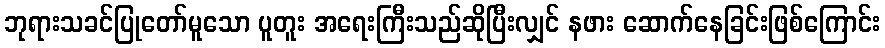
ဘုရားသခင်ပြုတော်မူသော ပူတူး အရေးကြီးသည်ဆိုပြီးလျှင် နဖား ဆောက်နေခြင်းဖြစ်ကြောင်း